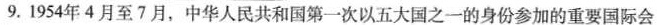
9.1954年4月至7月，中华人民共和国第一次以五大国之一的身份参加的重要国际会